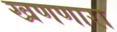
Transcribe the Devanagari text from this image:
खणणारा